Holstre_vallavalitsus, lk 32
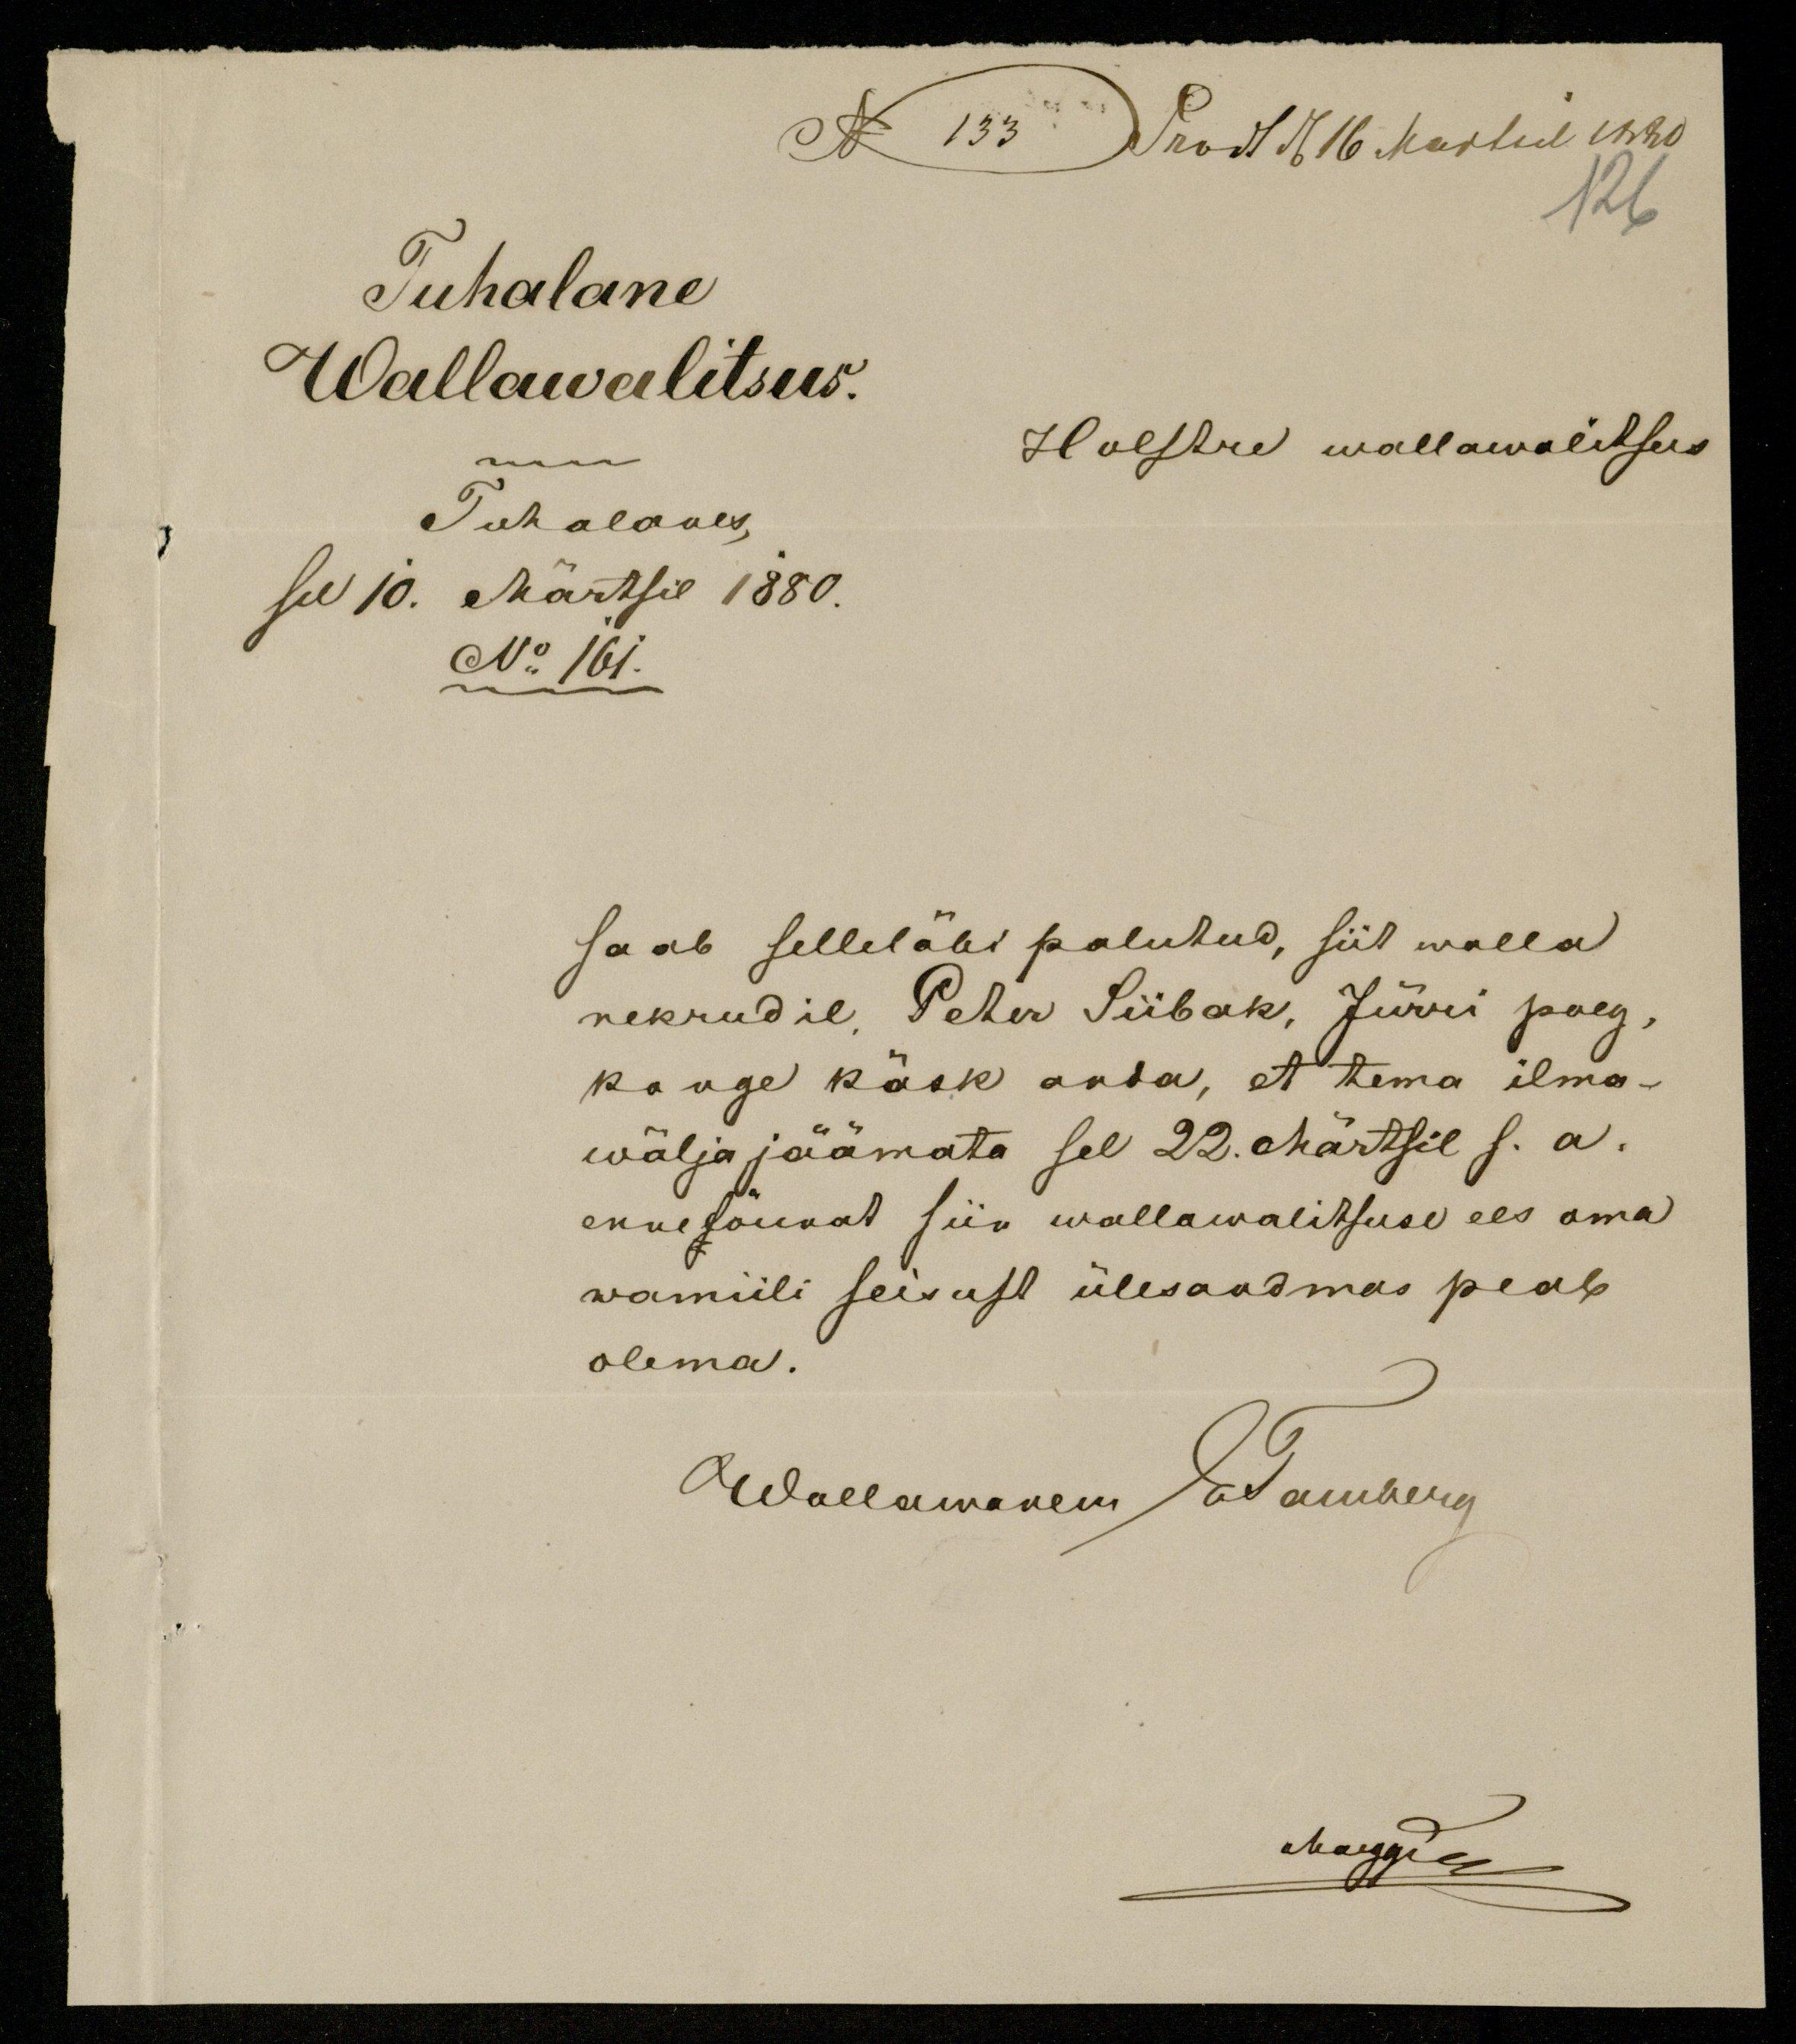
N 133 Prodt d. 16 Martsil 1880
Tuhalane
Wallawalitsus.
Holstre wallawalitsus
Tuhalanes,
sel 10. Märtsil 1880.
No 161.
saab selleläbi palutud, siit walla
nekrudil, Peter Siibak, Jürri poeg,
kange käsk anda, et tema ilma-
wälja jäämata sel 22. Märtsil s.a.
ennelõunat siin wallawalitsuse ees oma
wamiili seisust ülesandmas peab
olema.
Wallawanem ETamberg
Maggia